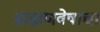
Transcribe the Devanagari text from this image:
ब्राह्मणवेषाचा